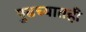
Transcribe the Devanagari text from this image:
पुढच्यातही